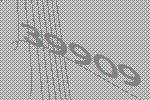
39909